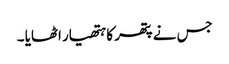
جس نے پتھر کا ہتھیار اٹھایا ۔